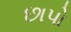
છાપો